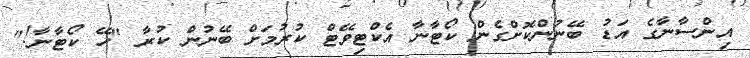
އިންސާނާގެ އަޑު ބޭނުންކޮށްގެން ކޯޓާނާ އެކްޓިވޭޓް ކުރުމަށް ބޭނުން ކުރާ "ހޭ ކޯޓާނާ!"